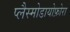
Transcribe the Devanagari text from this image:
प्लैस्मोडायोफ़ोरा